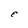
Character: E